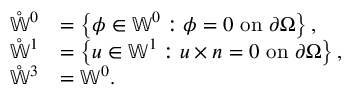
\begin{array} { r l } { \mathring { \mathbb { W } } ^ { 0 } } & { = \left\{ \phi \in \mathbb { W } ^ { 0 } : \phi = 0 \mathrm { ~ o n ~ } \partial \Omega \right\} , } \\ { \mathring { \mathbb { W } } ^ { 1 } } & { = \left\{ u \in \mathbb { W } ^ { 1 } : u \times n = 0 \mathrm { ~ o n ~ } \partial \Omega \right\} , } \\ { \mathring { \mathbb { W } } ^ { 3 } } & { = \mathbb { W } ^ { 0 } . } \end{array}